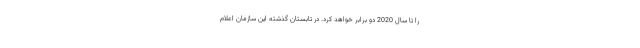
را تا سال 2020 دو برابر خواهد کرد. در تابستان گذشته این سازمان اعلام